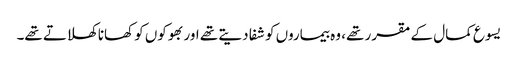
‏ یسوع کمال کے مقرر تھے،‏ وہ بیماروں کو شفا دیتے تھے اور بھوکوں کو کھانا کھلاتے تھے۔